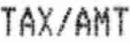
TAX/AMT